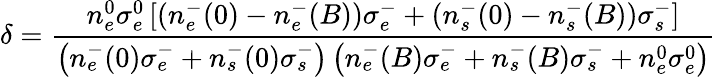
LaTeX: \delta=\frac{n_{e}^{0}\sigma_{e}^{0}\left[(n_{e}^{-}(0)-n_{e}^{-}(B))\sigma_{e}^{-}+(n_{s}^{-}(0)-n_{s}^{-}(B))\sigma_{s}^{-}\right]}{\left(n_{e}^{-}(0)\sigma_{e}^{-}+n_{s}^{-}(0)\sigma_{s}^{-}\right)\left(n_{e}^{-}(B)\sigma_{e}^{-}+n_{s}^{-}(B)\sigma_{s}^{-}+n_{e}^{0}\sigma_{e}^{0}\right)}